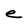
Character: e